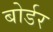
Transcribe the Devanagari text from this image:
बोर्डर